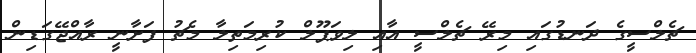
ޗެލްސީގެ ދަނޑުގައި މިރޭ ޗެލްސީ އާއި ލިވަޕޫލް ކުރިމަތިލާ މެޗު ފަށާނީ ރާއްޖޭގަޑިން